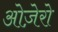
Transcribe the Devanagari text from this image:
ओज़ेरो